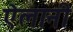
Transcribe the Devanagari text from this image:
ऐलानी